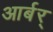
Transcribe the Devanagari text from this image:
आर्बर्